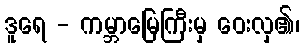
ဒူရေ - ကမ္ဘာမြေကြီးမှ ဝေးလှ၏၊